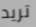
تريد